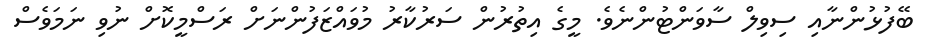
ބޭފުޅުންނާއި ސިވިލް ސާވަންޓުންނެވެ. މީގެ އިތުރުން ސަރުކާރު މުވައްޒަފުންނަށް ރަސްމީކޮށް ނުވި ނަމަވެސް